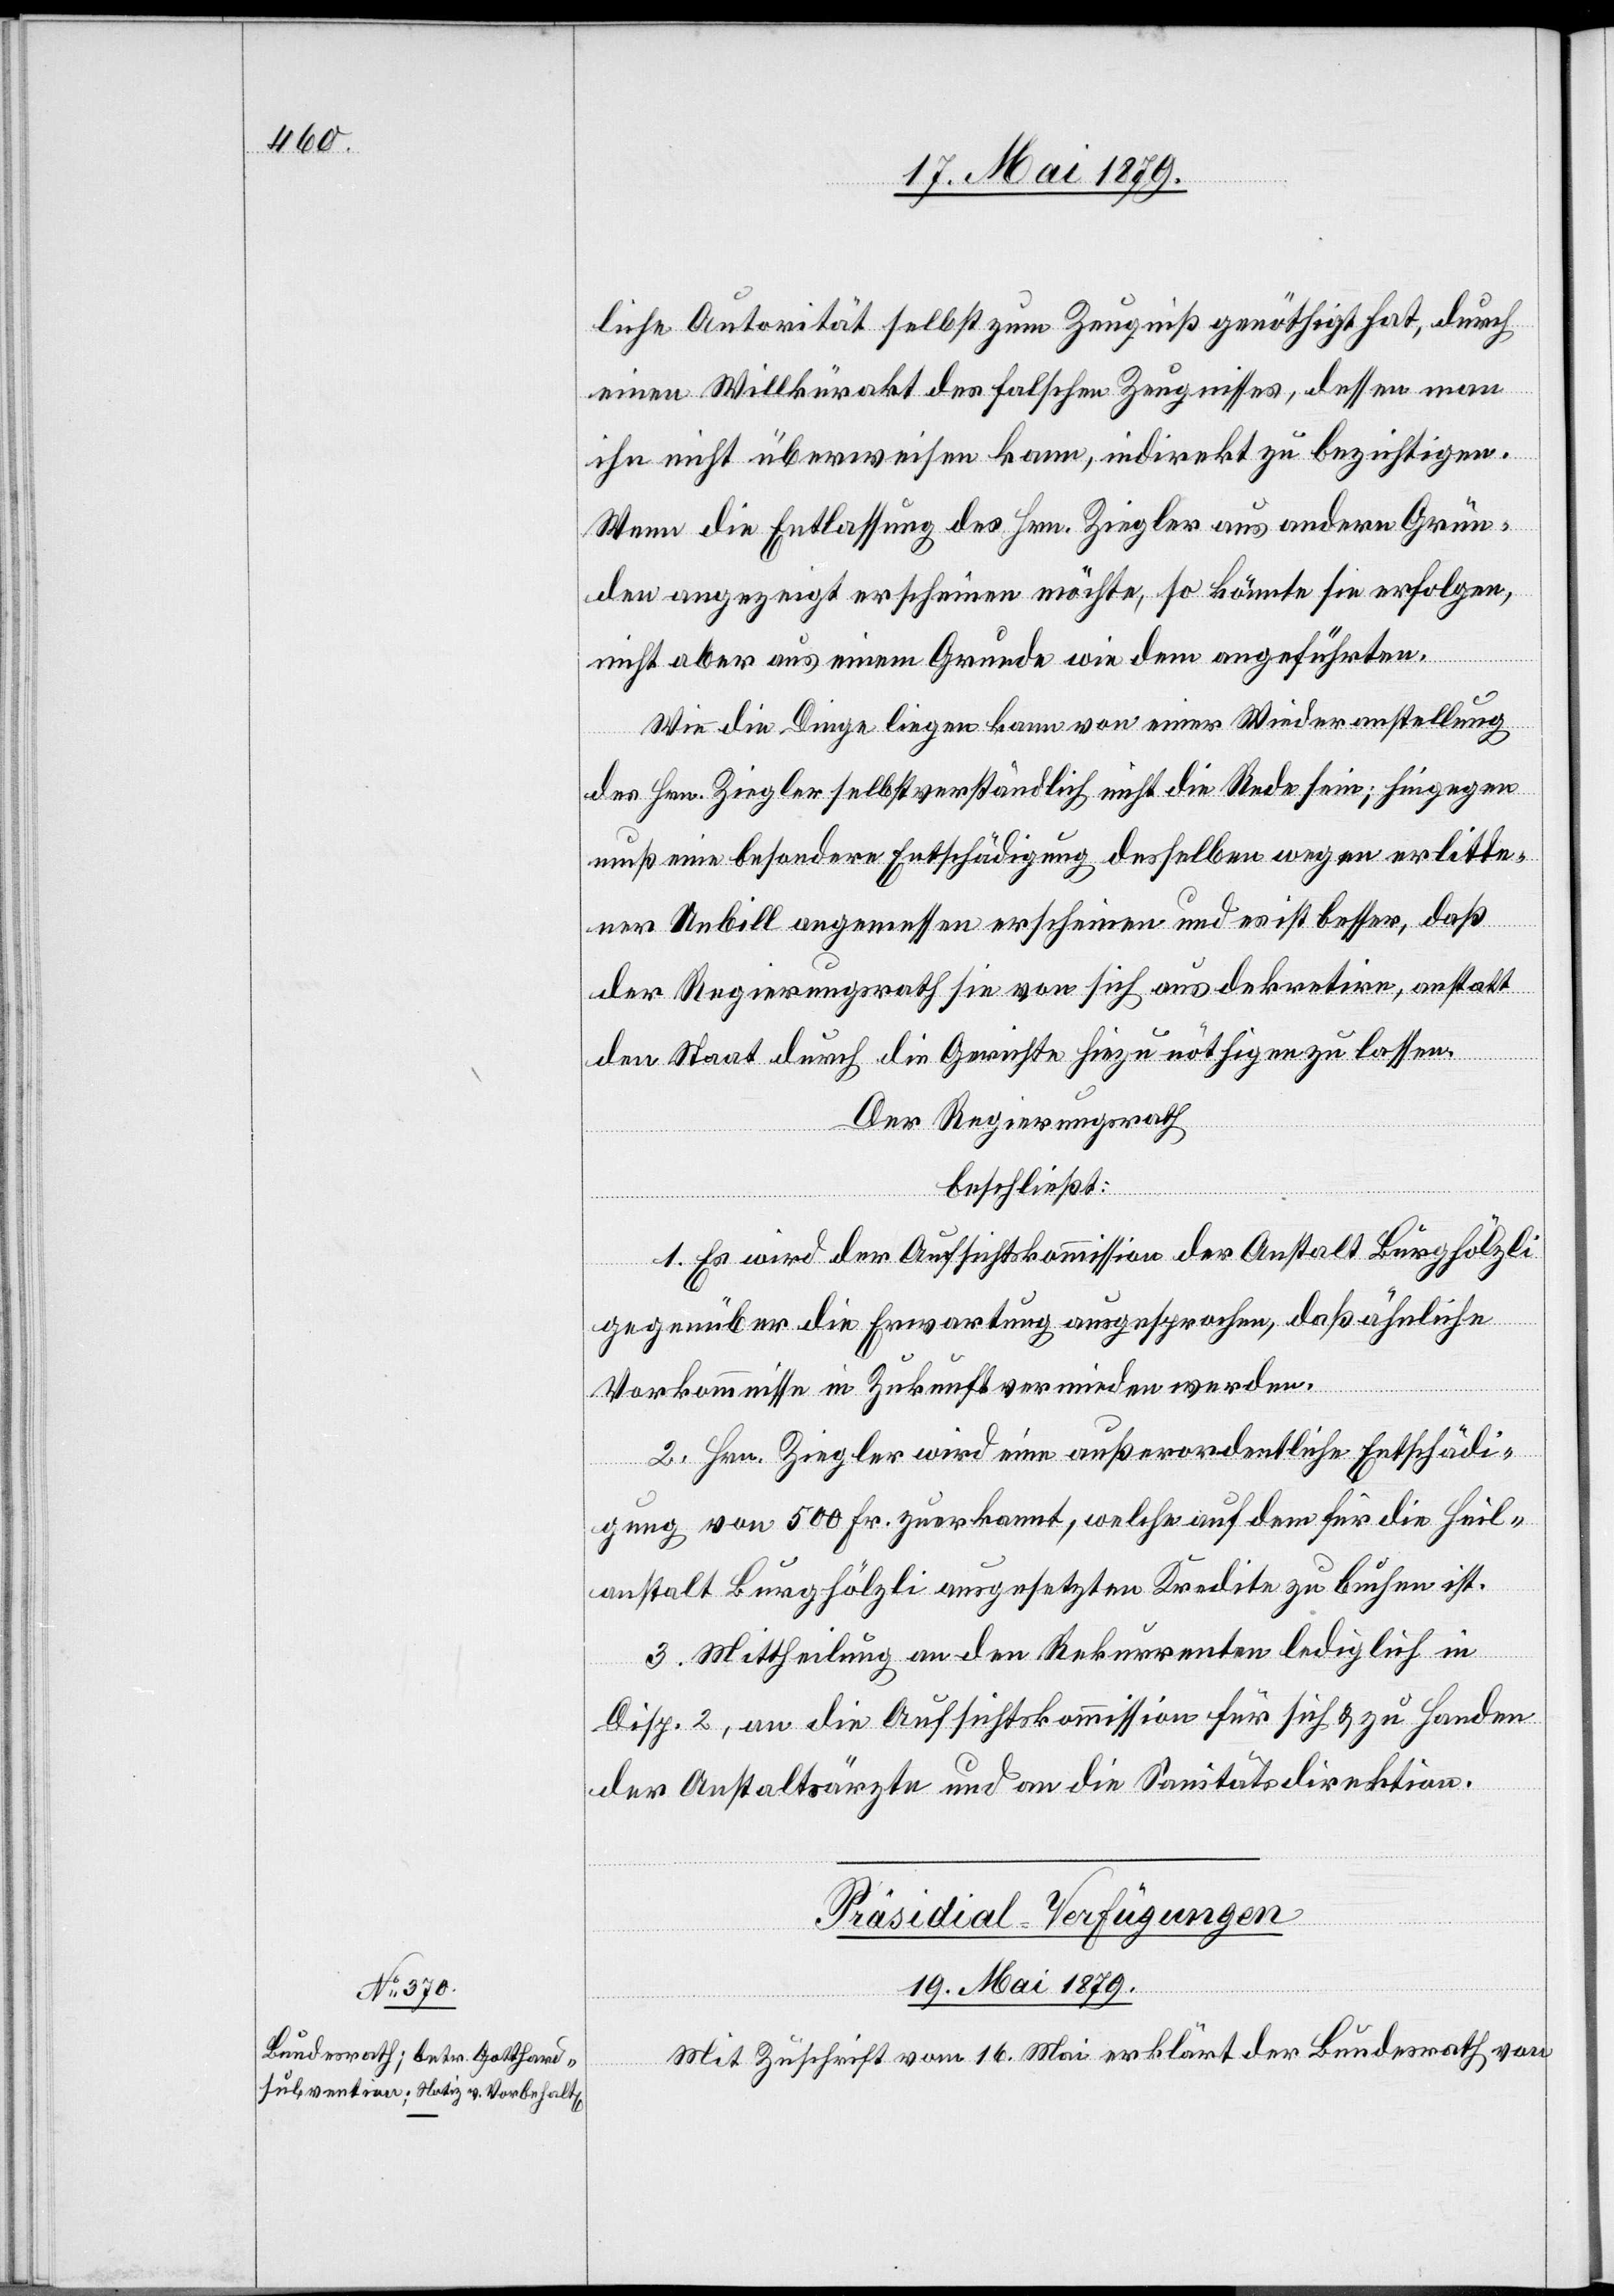
liche Autorität selbst zum Zeugniß genöthigt hat, durch
einen Willkürakt des falschen Zeugnisses, dessen man
ihn nicht überweisen kann, indirekt zu bezichtigen.
Wenn die Entlassung des Hrn. Ziegler aus andern Grün¬
den angezeigt erscheinen möchte, so könnte sie erfolgen,
nicht aber aus einem Grunde wie dem angeführten.
Wie die Dinge liegen kann von einer Wiederanstellung
des Hrn. Ziegler selbstverständlich nicht die Rede sein; hingegen
muß eine besondere Entschädigung desselben wegen erlitte¬
ner Unbill angemessen erscheinen und es ist besser, daß
der Regierungsrath sie von sich aus dekretire, anstatt
den Staat durch die Gerichte hiezu nöthigen zu lassen.
Der Regierungsrath
beschließt:
1. Es wird der Aufsichtskommission der Anstalt Burghölzli
gegenüber die Erwartung ausgesprochen, daß ähnliche
Vorkommnisse in Zukunft vermieden werden.
2. Hrn. Ziegler wird eine außerordentliche Entschädi¬
gung von 500 Fr. zuerkannt, welche auf dem für die Heil¬
anstalt Burghölzli ausgesetzten Kredite zu buchen ist.
3. Mittheilung an den Rekurrenten lediglich in
Disp. 2, an die Aufsichtskommission für sich & zu Handen
der Anstaltsärzte und an die Sanitätsdirektion.
Präsidial-Verfügungen.
19. Mai 1879.
Mit Zuschrift vom 16. Mai erklärt der Bundesrath von